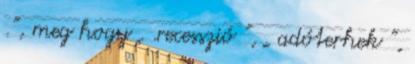
.”, meg hogy „ .recesszió ”, „ adóterhek ”,